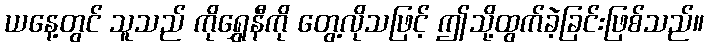
ယနေ့တွင် သူသည် ကိုရွှေနီကို တွေ့လိုသဖြင့် ဤသို့ထွက်ခဲ့ခြင်းဖြစ်သည်။